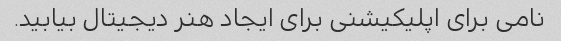
نامی برای اپلیکیشنی برای ایجاد هنر دیجیتال بیابید.